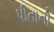
પીતાની